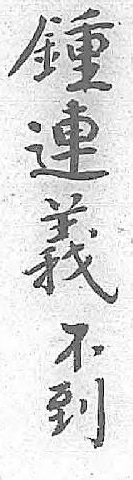
鍾不連到義